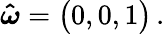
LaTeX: \boldsymbol{\hat{\omega}}=\big(0,0,1\big)\, .